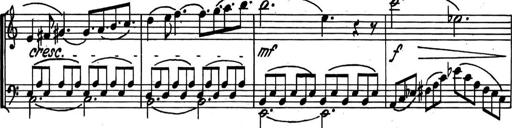
Title: Kleine Sonate
Composer: Raoul Koczalski
Key: C major